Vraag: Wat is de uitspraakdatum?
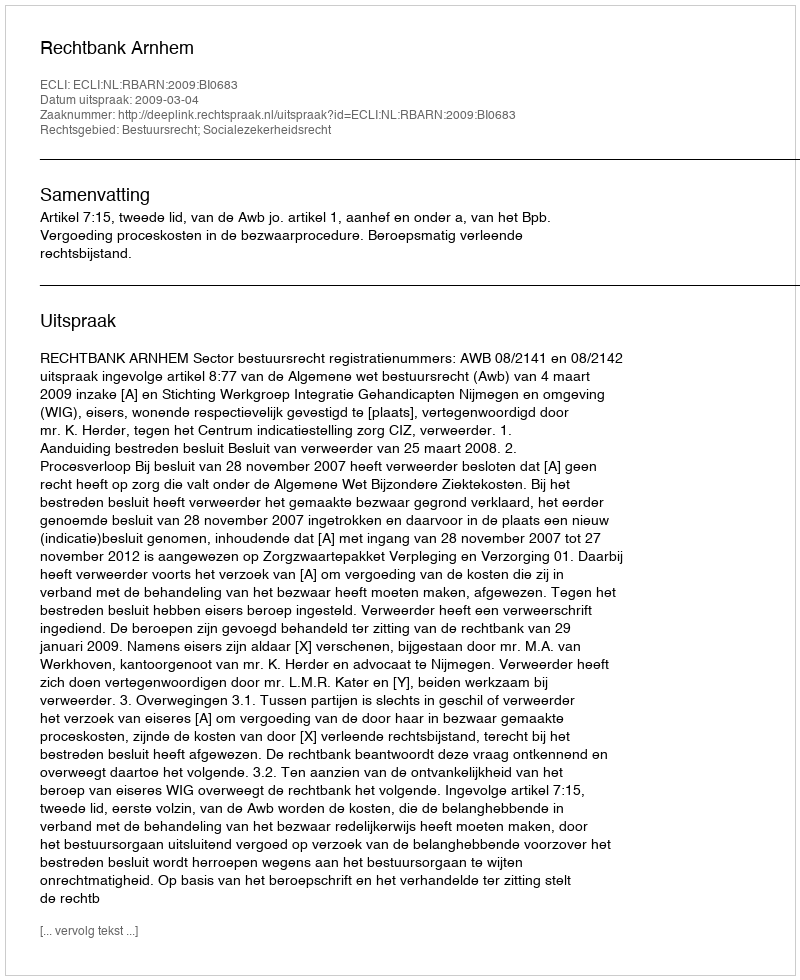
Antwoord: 2009-03-04